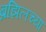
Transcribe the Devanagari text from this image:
ब्रझिलच्या